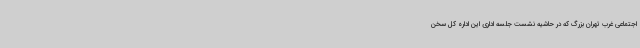
اجتماعی غرب تهران بزرگ که در حاشیه نشست جلسه اداری این اداره کل سخن